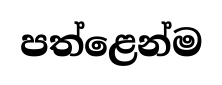
පත්ළෙන්ම